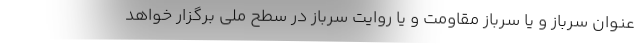
عنوان سرباز و یا سرباز مقاومت و یا روایت سرباز در سطح ملی برگزار خواهد